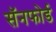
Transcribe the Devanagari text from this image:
सॅनफोर्ड